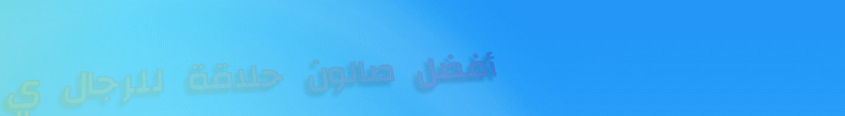
أفضل صالون حلاقة للرجال ي